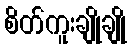
စိတ်ကူးချိုချို